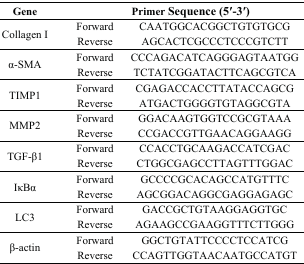
| Gene | <COLSPAN=2> Primer Sequence (5′-3′) |
 | --- | --- | --- |
 | <ROWSPAN=2> Collagen I | Forward | CAATGGCACGGCTGTGTGCG |
 | Reverse | AGCACTCGCCCTCCCGTCTT |
 | <ROWSPAN=2> α-SMA | Forward | CCCAGACATCAGGGAGTAATGG |
 | Reverse | TCTATCGGATACTTCAGCGTCA |
 | <ROWSPAN=2> TIMP1 | Forward | CGAGACCACCTTATACCAGCG |
 | Reverse | ATGACTGGGGTGTAGGCGTA |
 | <ROWSPAN=2> MMP2 | Forward | GGACAAGTGGTCCGCGTAAA |
 | Reverse | CCGACCGTTGAACAGGAAGG |
 | <ROWSPAN=2> TGF-β1 | Forward | CCACCTGCAAGACCATCGAC |
 | Reverse | CTGGCGAGCCTTAGTTTGGAC |
 | <ROWSPAN=2> IκBα | Forward | GCCCCGCACAGCCATGTTTC |
 | Reverse | AGCGGACAGGCGAGGAGAGC |
 | <ROWSPAN=2> LC3 | Forward | GACCGCTGTAAGGAGGTGC |
 | Reverse | AGAAGCCGAAGGTTTCTTGGG |
 | <ROWSPAN=2> β-actin | Forward | GGCTGTATTCCCCTCCATCG |
 | Reverse | CCAGTTGGTAACAATGCCATGT |